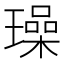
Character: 璪